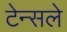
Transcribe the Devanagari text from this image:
टेन्सले